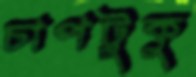
চাপটুকু